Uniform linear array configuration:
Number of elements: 32
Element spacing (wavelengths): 1
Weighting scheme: hamming
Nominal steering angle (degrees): -60
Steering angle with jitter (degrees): -60.341
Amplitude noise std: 0.05
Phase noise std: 0.05

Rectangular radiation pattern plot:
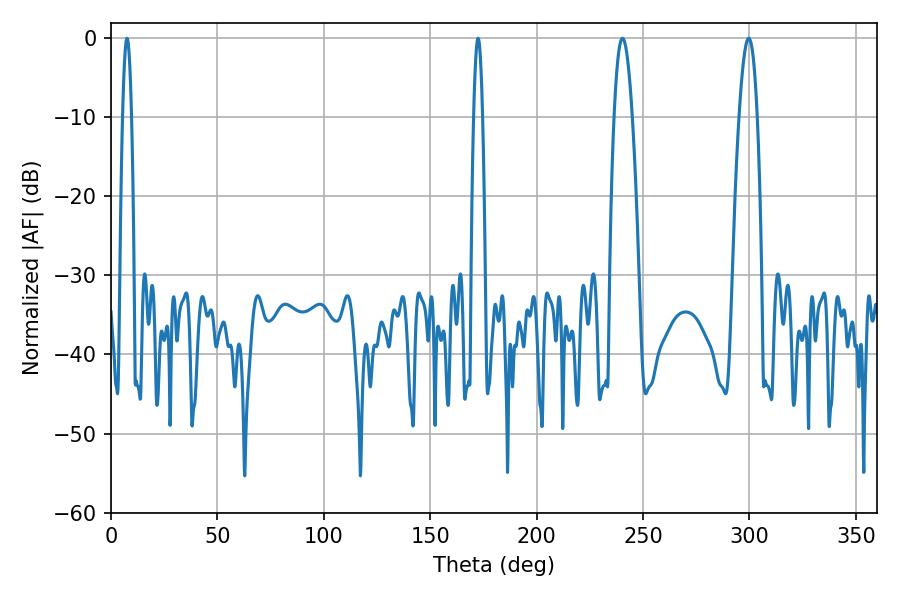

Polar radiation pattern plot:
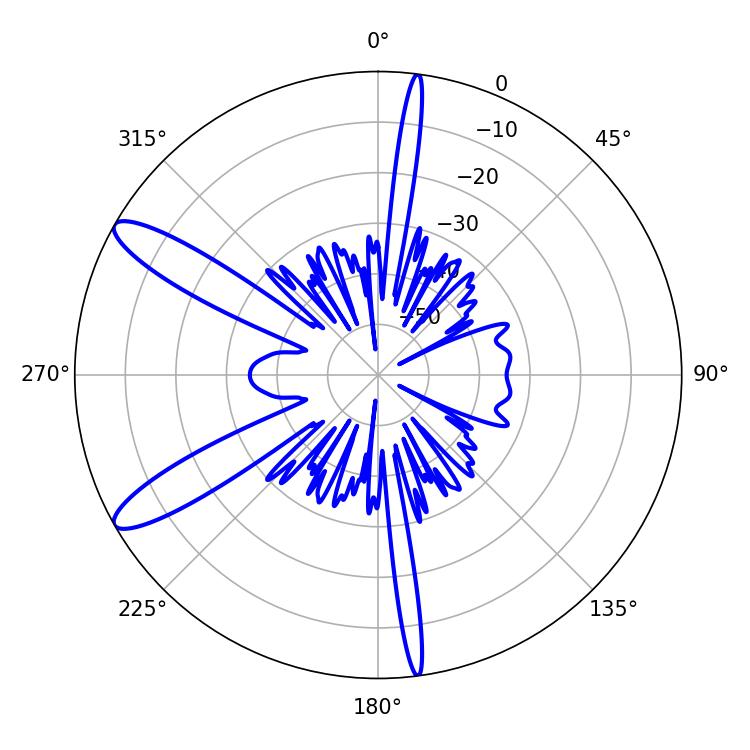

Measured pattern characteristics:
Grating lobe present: TRUE
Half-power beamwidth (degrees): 4.68
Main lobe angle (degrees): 240.3